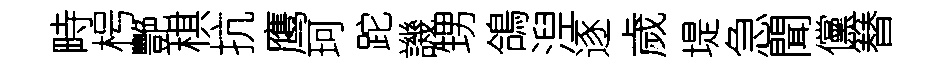
畤枵艷棋抗鹰珂跎譏甥鴿湼逐歲堤急聞儻簮